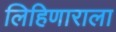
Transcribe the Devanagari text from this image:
लिहिणाराला